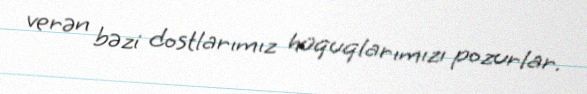
verən bəzi dostlarımız hüquqlarımızı pozurlar.